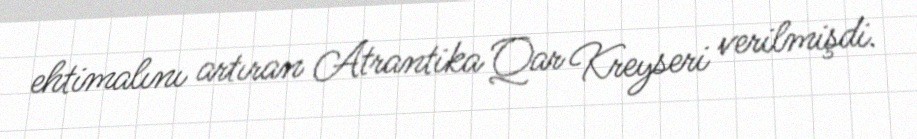
ehtimalını artıran Atrantika Qar Kreyseri verilmişdi.